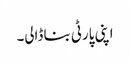
اپنی پارٹی بنا ڈالی۔